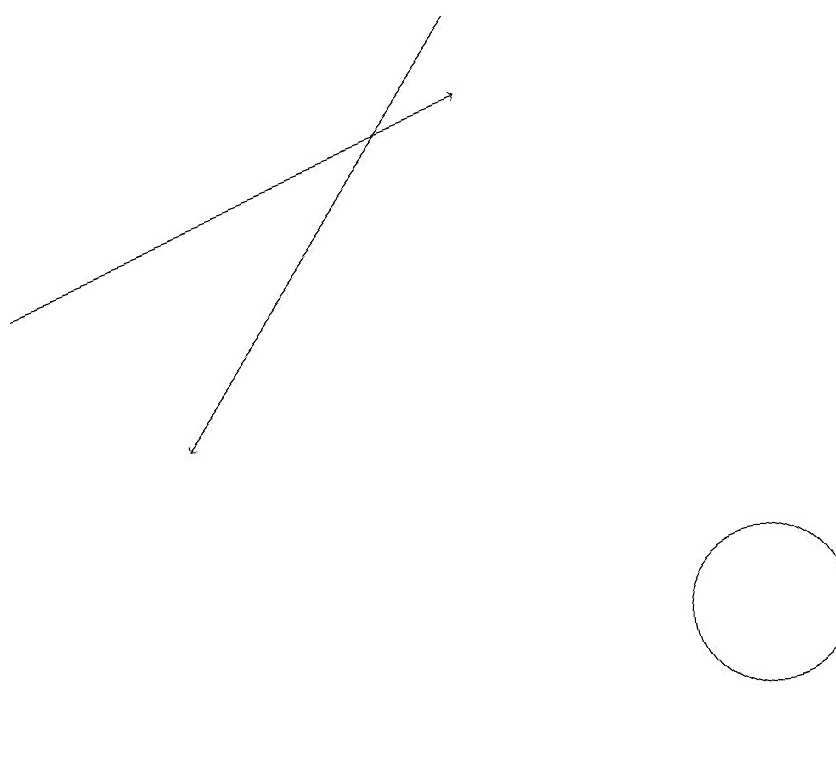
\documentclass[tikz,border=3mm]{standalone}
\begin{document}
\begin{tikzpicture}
\draw[->] (7,18) -- (3,13);
\draw[->] (1,15) -- (7,17);
\draw (10,10) circle (1);
\draw (11,10) circle (0);
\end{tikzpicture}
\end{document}